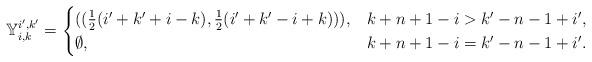
LaTeX: \begin{align*}\mathbb{Y}_{i,k}^{i',k'}=\begin{cases}((\frac{1}{2}(i'+k'+i-k),\frac{1}{2}(i'+k'-i+k))), & k+n+1-i > k'-n-1+i',\\\emptyset, & k+n+1-i = k'-n-1+i'.\end{cases}\end{align*}